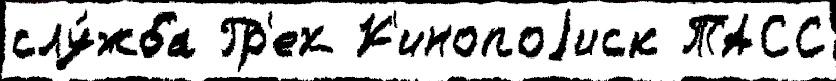
слу́жба Гр'ех К'инопоjиск ТАСС